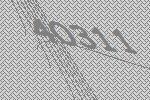
40311